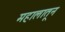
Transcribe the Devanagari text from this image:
महालातून